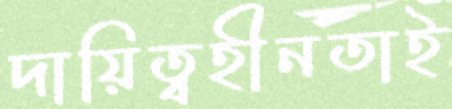
দায়িত্বহীনতাই